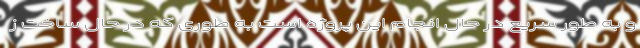
و به طور سریع در حال انجام این پروژه است به طوری که در حال ساخت ز